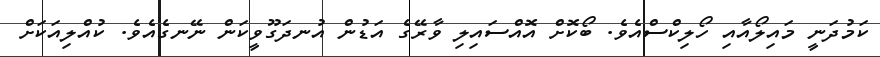
ކަމުދަނީ މައިލޯއާއި ހޯލިކްސްއެވެ. ބޯކޮށް އޮއްސައިލި ވާރޭގެ އަޑުން އުނދަގޫވީކަން ނޭނގެއެވެ. ކުއްލިއަކަށް